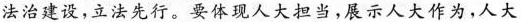
”法治建设，立法先行。要体现人大担当，展示人大作为，人大